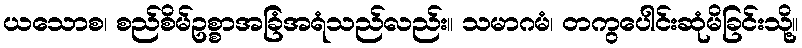
ယသောစ၊ စည်စိမ်ဥစ္စာအခြံအရံသည်လည်း။ သမာဂမံ၊ တကွပေါင်းဆုံမိခြင်းသို့။